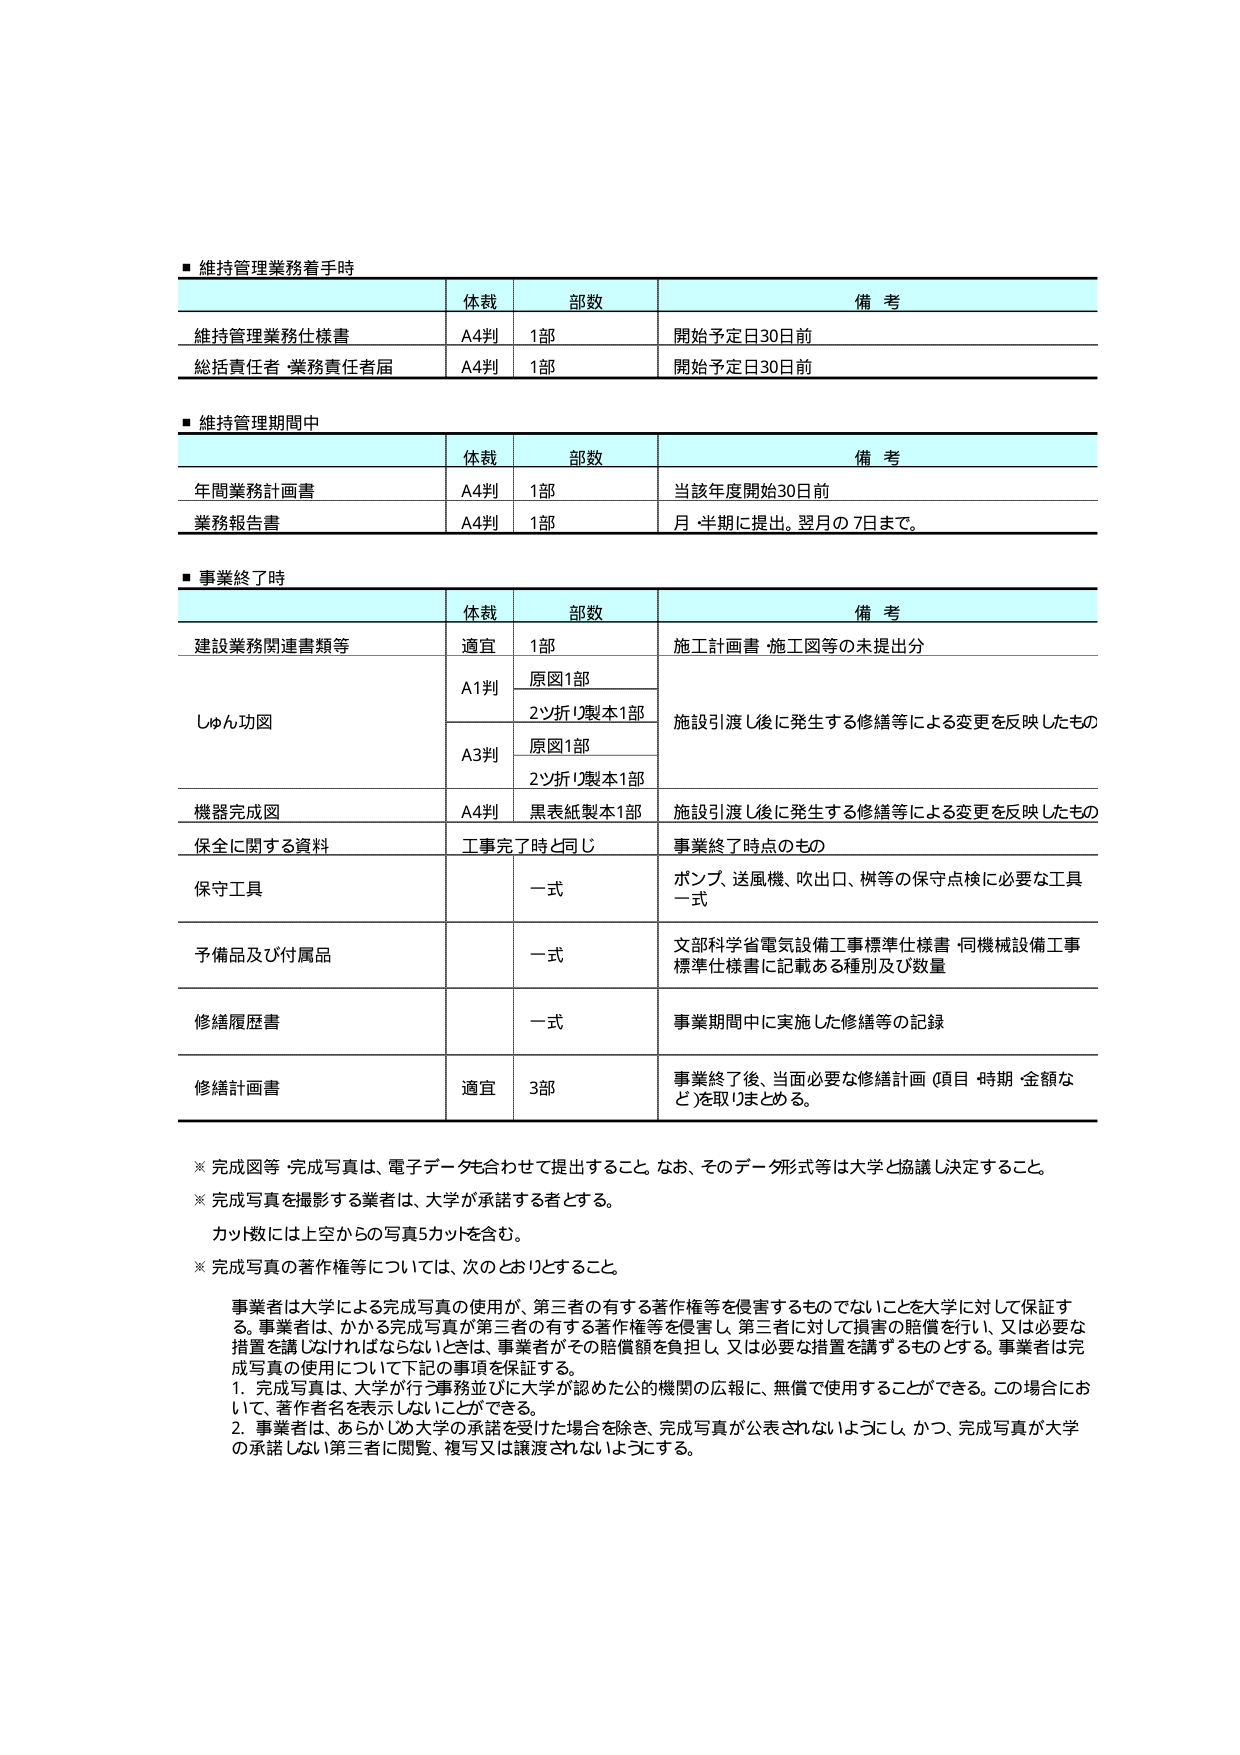
■ 維持管理業務着手時
体裁 部数 備考
維持管理業務仕様書 A4判 1部 開始予定日30日前
総括責任者 業務責任者届 A4判 1部 開始予定日30日前

■ 維持管理期間中
体裁 部数 備考
年間業務計画書 A4判 1部 当該年度開始30日前
業務報告書 A4判 1部 月・半期に提出。翌月の7日まで。

■ 事業終了時
体裁 部数 備考
建設業務関連書類等 適宜 1部 施工計画書・施工図等の未提出分
しゅん功図 A1判 原図1部 施設引渡し後に発生する修繕等による変更を反映したもの